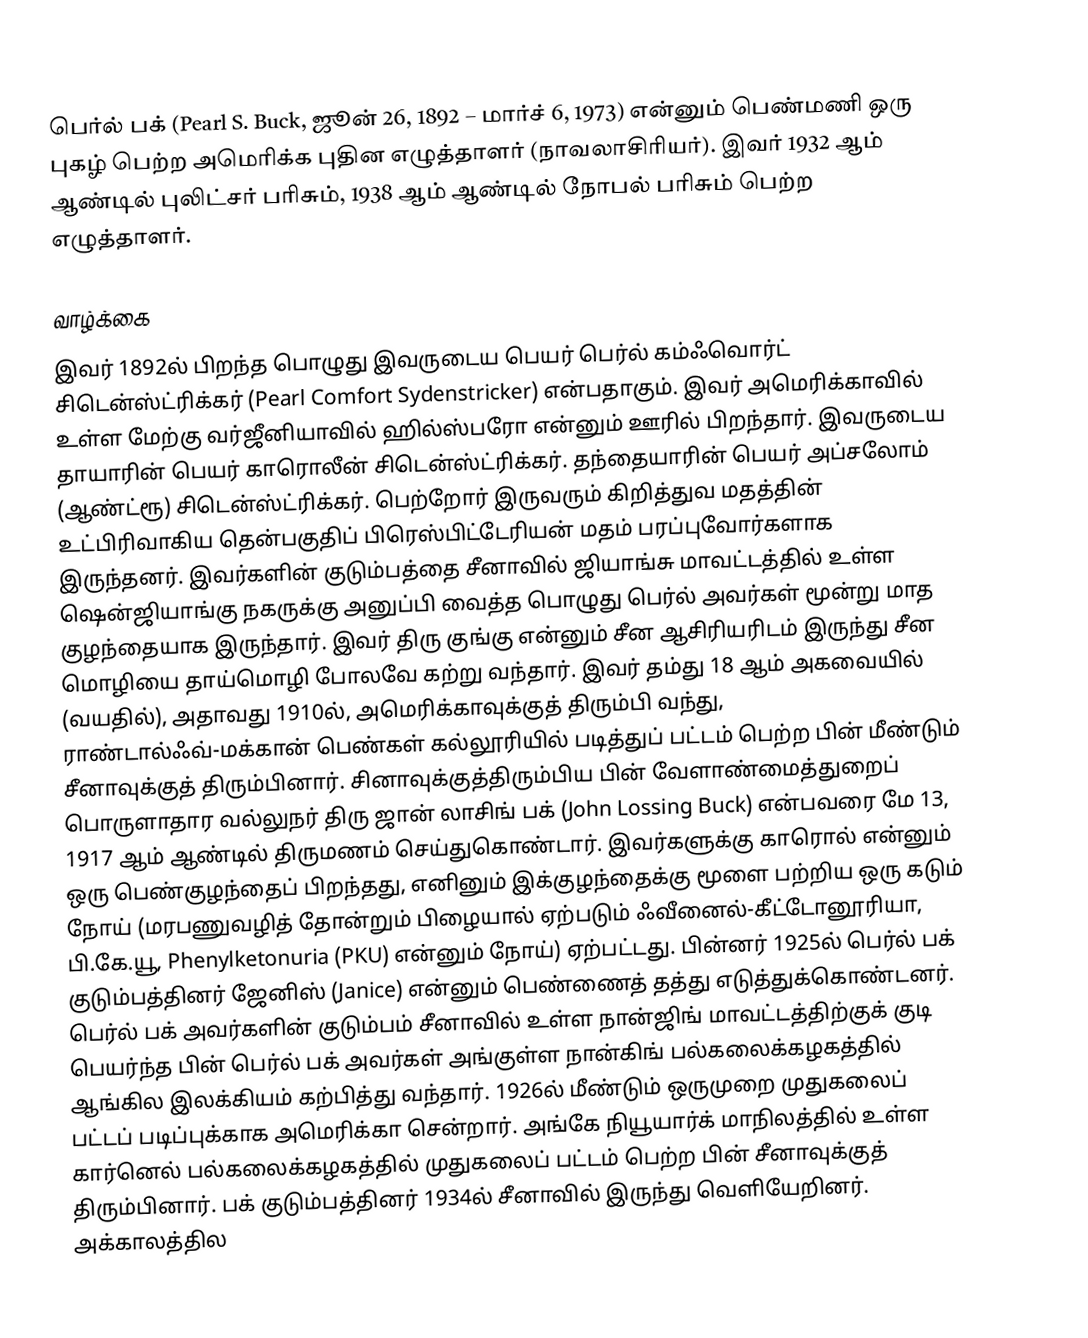
பெர்ல் பக் (Pearl S. Buck, ஜூன் 26, 1892 – மார்ச் 6, 1973) என்னும் பெண்மணி ஒரு புகழ் பெற்ற அமெரிக்க புதின எழுத்தாளர் (நாவலாசிரியர்). இவர் 1932 ஆம் ஆண்டில் புலிட்சர் பரிசும், 1938 ஆம் ஆண்டில் நோபல் பரிசும் பெற்ற எழுத்தாளர்.

வாழ்க்கை
இவர் 1892ல் பிறந்த பொழுது இவருடைய பெயர் பெர்ல் கம்ஃவொர்ட் சிடென்ஸ்ட்ரிக்கர் (Pearl Comfort Sydenstricker) என்பதாகும். இவர் அமெரிக்காவில் உள்ள மேற்கு வர்ஜீனியாவில் ஹில்ஸ்பரோ என்னும் ஊரில் பிறந்தார். இவருடைய தாயாரின் பெயர் காரொலீன் சிடென்ஸ்ட்ரிக்கர். தந்தையாரின் பெயர் அப்சலோம் (ஆண்ட்ரூ) சிடென்ஸ்ட்ரிக்கர். பெற்றோர் இருவரும் கிறித்துவ மதத்தின் உட்பிரிவாகிய தென்பகுதிப் பிரெஸ்பிட்டேரியன் மதம் பரப்புவோர்களாக இருந்தனர். இவர்களின் குடும்பத்தை சீனாவில் ஜியாங்சு மாவட்டத்தில் உள்ள ஷென்ஜியாங்கு நகருக்கு அனுப்பி வைத்த பொழுது பெர்ல் அவர்கள் மூன்று மாத குழந்தையாக இருந்தார். இவர் திரு குங்கு என்னும் சீன ஆசிரியரிடம் இருந்து சீன மொழியை தாய்மொழி போலவே கற்று வந்தார். இவர் தம்து 18 ஆம் அகவையில் (வயதில்), அதாவது 1910ல், அமெரிக்காவுக்குத் திரும்பி வந்து, ராண்டால்ஃவ்-மக்கான் பெண்கள் கல்லூரியில் படித்துப் பட்டம் பெற்ற பின் மீண்டும் சீனாவுக்குத் திரும்பினார். சினாவுக்குத்திரும்பிய பின் வேளாண்மைத்துறைப் பொருளாதார வல்லுநர் திரு ஜான் லாசிங் பக் (John Lossing Buck) என்பவரை மே 13, 1917 ஆம் ஆண்டில் திருமணம் செய்துகொண்டார். இவர்களுக்கு காரொல் என்னும் ஒரு பெண்குழந்தைப் பிறந்தது, எனினும் இக்குழந்தைக்கு மூளை பற்றிய ஒரு கடும் நோய் (மரபணுவழித் தோன்றும் பிழையால் ஏற்படும் ஃவீனைல்-கீட்டோனூரியா, பி.கே.யூ, Phenylketonuria (PKU) என்னும் நோய்) ஏற்பட்டது. பின்னர் 1925ல் பெர்ல் பக் குடும்பத்தினர் ஜேனிஸ் (Janice) என்னும் பெண்ணைத் தத்து எடுத்துக்கொண்டனர். பெர்ல் பக் அவர்களின் குடும்பம் சீனாவில் உள்ள நான்ஜிங் மாவட்டத்திற்குக் குடி பெயர்ந்த பின் பெர்ல் பக் அவர்கள் அங்குள்ள நான்கிங் பல்கலைக்கழகத்தில் ஆங்கில இலக்கியம் கற்பித்து வந்தார். 1926ல் மீண்டும் ஒருமுறை முதுகலைப் பட்டப் படிப்புக்காக அமெரிக்கா சென்றார். அங்கே நியூயார்க் மாநிலத்தில் உள்ள கார்னெல் பல்கலைக்கழகத்தில் முதுகலைப் பட்டம் பெற்ற பின் சீனாவுக்குத் திரும்பினார். பக் குடும்பத்தினர் 1934ல் சீனாவில் இருந்து வெளியேறினர். அக்காலத்தில